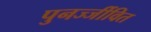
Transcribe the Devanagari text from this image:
पुनर्ज्जीवित